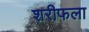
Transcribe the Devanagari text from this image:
शरीफला